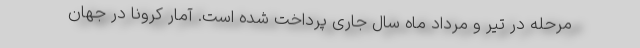
مرحله در تیر و مرداد ماه سال جاری پرداخت شده است. آمار کرونا در جهان